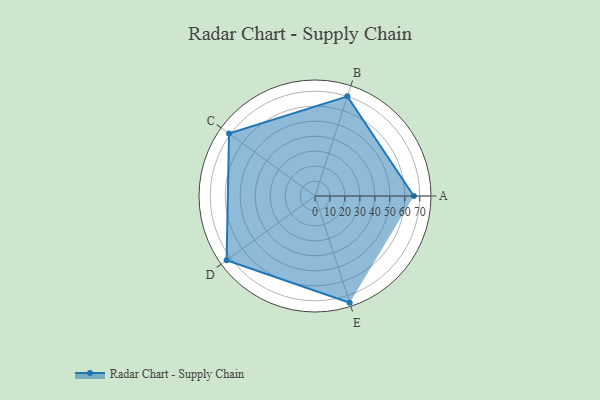
{"axis": {"x": "Skill", "y": "Score"}, "legend": ["Profile"], "data": [{"x": "A", "y": 66.0, "type": "Profile"}, {"x": "B", "y": 70.0, "type": "Profile"}, {"x": "C", "y": 71.0, "type": "Profile"}, {"x": "D", "y": 73.0, "type": "Profile"}, {"x": "E", "y": 75.0, "type": "Profile"}]}